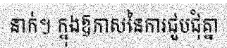
នាក់។ ក្នុងឱកាសនៃការជួបជុំគ្នា